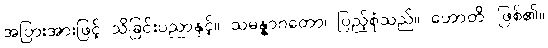
အပြားအားဖြင့် သိခြင်းပညာနှင့်။ သမန္နာဂတော၊ ပြည့်စုံသည်။ ဟောတိ၊ ဖြစ်၏။